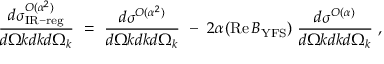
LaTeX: { \frac { d \sigma _ { \mathrm { I R - r e g } } ^ { { \cal O } ( \alpha ^ { 2 } ) } } { d \Omega k d k d \Omega _ { k } } } \ = \ { \frac { d \sigma ^ { { \cal O } ( \alpha ^ { 2 } ) } } { d \Omega k d k d \Omega _ { k } } } \ - \ 2 \alpha ( \mathop { \mathrm { R e } } { B } _ { \mathrm { Y F S } } ) \; { \frac { d \sigma ^ { { \cal O } ( \alpha ) } } { d \Omega k d k d \Omega _ { k } } } \ ,